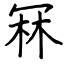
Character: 冧